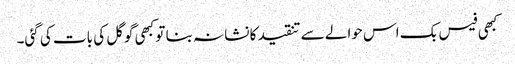
کبھی فیس بک اس حوالے سے تنقید کا نشانہ بنا تو کبھی گوگل کی بات کی گئی۔